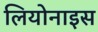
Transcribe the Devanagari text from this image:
लियोनाइस